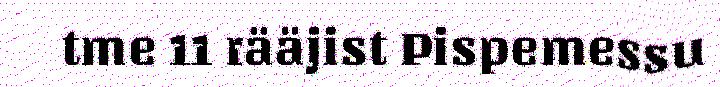
tme 11 rääjist Pispemessu